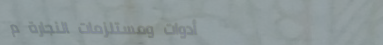
أدوات ومستلزمات النجارة م